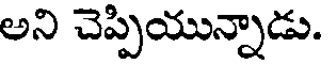
అని చెప్పియున్నాడు.